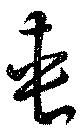
夾